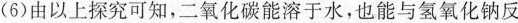
（6）由以上探究可知，二氧化碳能溶于水，也能与氢氧化钠反